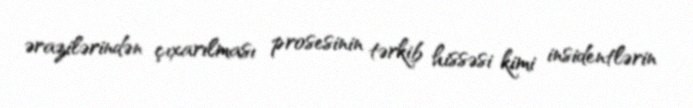
ərazilərindən çıxarılması prosesinin tərkib hissəsi kimi insidentlərin